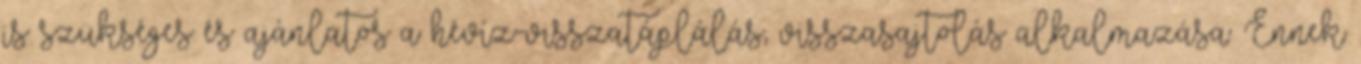
is szükséges és ajánlatos a hévíz-visszatáplálás, visszasajtolás alkalmazása. Ennek